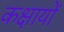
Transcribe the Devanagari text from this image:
कक्षायों